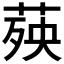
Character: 𦴊